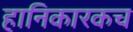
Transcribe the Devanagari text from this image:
हानिकारकच